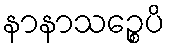
နာနာသဉ္စေပိ